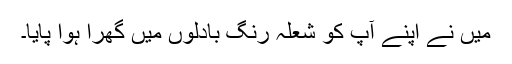
میں نے اپنے آپ کو شعلہ رنگ بادلوں میں گھرا ہوا پایا۔